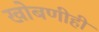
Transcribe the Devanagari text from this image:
खोबणीही